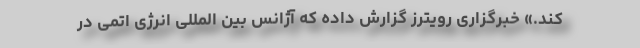
کند.» خبرگزاری رویترز گزارش داده که آژانس بین المللی انرژی اتمی در